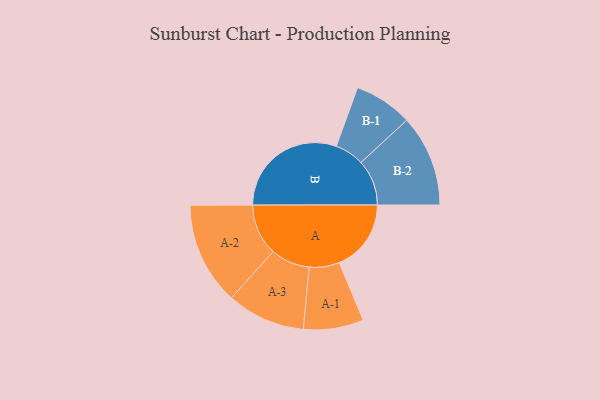
{"axis": {"x": "Segment", "y": "Value"}, "legend": ["", "A", "B"], "data": [{"x": "A", "y": 261, "type": ""}, {"x": "B", "y": 427, "type": ""}, {"x": "A-1", "y": 109, "type": "A"}, {"x": "A-2", "y": 186, "type": "A"}, {"x": "A-3", "y": 142, "type": "A"}, {"x": "B-1", "y": 106, "type": "B"}, {"x": "B-2", "y": 166, "type": "B"}]}